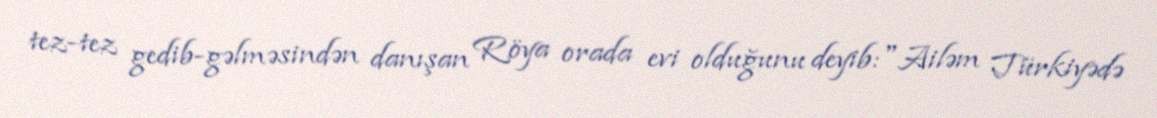
tez-tez gedib-gəlməsindən danışan Röya orada evi olduğunu deyib:"Ailəm Türkiyədə